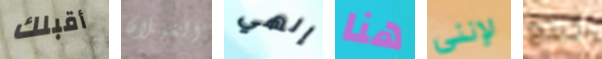
أقبلك الغيلان إلهي هنا لإنني كينغ